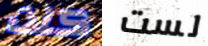
كنت لست